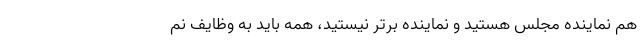
هم نماینده مجلس هستید و نماینده برتر نیستید، همه باید به وظایف نم